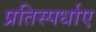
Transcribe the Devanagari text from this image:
प्रतिस्पर्धाए